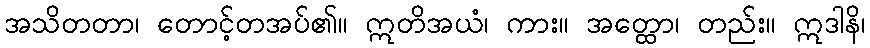
အသိတတာ၊ တောင့်တအပ်၏။ ဣတိအယံ၊ ကား။ အတ္ထော၊ တည်း။ ဣဒါနိ၊